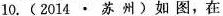
10.(2014·苏州)如图，在